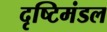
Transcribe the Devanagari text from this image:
दृष्टिमंडल